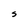
Character: S